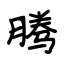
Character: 腾